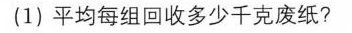
(1)平均每组回收多少千克废纸?节约资源从点滴做起哦？